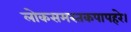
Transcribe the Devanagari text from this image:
लोकसमस्तकपापहरे।